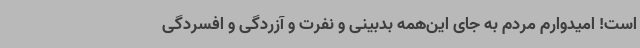
است! امیدوارم مردم به جای این‌همه بدبینی و نفرت و آزردگی و افسردگی